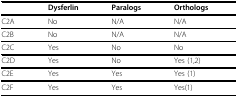
<table><thead><tr><td></td><td><b>Dysferlin</b></td><td><b>Paralogs</b></td><td><b>Orthologs</b></td></tr></thead><tbody><tr><td>C2A</td><td>No</td><td>N/A</td><td>N/A</td></tr><tr><td>C2B</td><td>No</td><td>N/A</td><td>N/A</td></tr><tr><td>C2C</td><td>Yes</td><td>No</td><td>No</td></tr><tr><td>C2D</td><td>Yes</td><td>No</td><td>Yes (1,2)</td></tr><tr><td>C2E</td><td>Yes</td><td>Yes</td><td>Yes (1)</td></tr><tr><td>C2F</td><td>Yes</td><td>Yes</td><td>Yes(1)</td></tr></tbody></table>